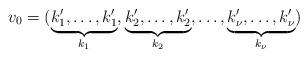
LaTeX: \begin{align*} v_0 = (\underbrace{k'_1,\ldots ,k'_1}_{k_1},\underbrace{k'_2,\ldots ,k'_2}_{k_2},\ldots ,\underbrace{k'_{\nu},\ldots ,k'_{\nu}}_{k_{\nu}}) \end{align*}